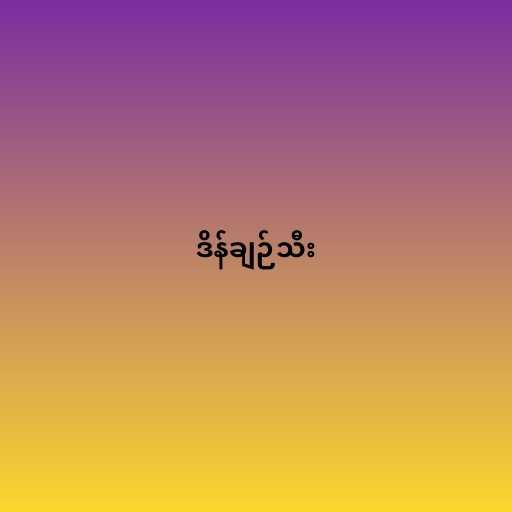
ဒိန်ချဉ်သီး